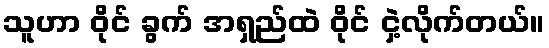
သူဟာ ဝိုင် ခွက် အရှည်ထဲ ဝိုင် ငှဲ့လိုက်တယ်။